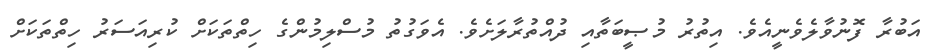
އަބުރާ ފޮނުވާލެވެނީއެވެ. އިތުރު މުޞީބަތާއި ދުއްތުރާލަށެވެ. އެވަގުތު މުސްލިމުންގެ ހިތްތަކަށް ކުރިއަސަރު ހިތްތަކަށް